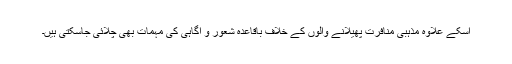
اسکے علاوہ مذہبی منافرت پھیلانے والوں کے خلاف باقاعدہ شعور و آگاہی کی مہمات بھی چلائی جاسکتی ہیں۔